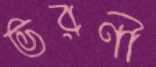
ভরণী